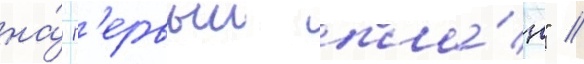
на́ п'ервыи пла́н" //